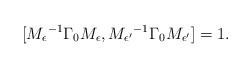
LaTeX: \begin{align*}[{M_\epsilon}^{-1}\Gamma_{0}{M_\epsilon},{M_{\epsilon'}}^{-1}\Gamma_{0}{M_{\epsilon'}}]=1.\end{align*}